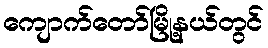
ကျောက်တော်မြို့နယ်တွင်